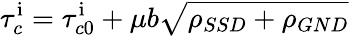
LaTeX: \tau_{c}^{\mathrm{i}}=\tau_{c0}^{\mathrm{i}}+\mu b\sqrt{\rho_{SSD}+\rho_{GND}}